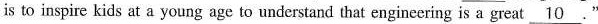
is to inspire kids at a young age to understand that engineering is a great \underline{10}."